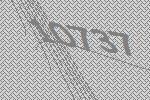
10737